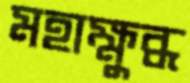
মহাক্ষুব্ধ